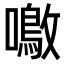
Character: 𫬚